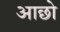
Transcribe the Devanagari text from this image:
आछो